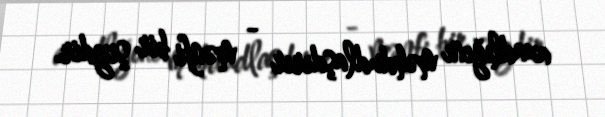
azadlığını məhdudlaşdırır - mənfi bir şeydir.